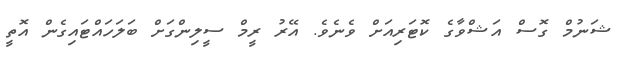
ޝަނުމް ގޮސް އަޝްވާގެ ކޮޓަރިއަށް ވެނެވެ. އޭރު ރީމް ސީލިންގަށް ބަލަހައްޓައިގެން އޮތީ